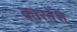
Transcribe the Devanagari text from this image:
कारनेश